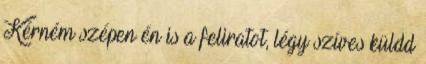
Kérném szépen én is a feliratot, légy szíves küldd